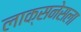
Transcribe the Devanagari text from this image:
लाक्सनेसला